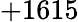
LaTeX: +1615